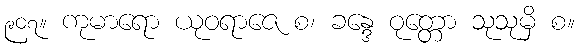
၉၀၇။ ကုမာရော ယုဝရာဇေ စ၊ ခန္ဒေ ဝုတ္တော သုသုမှိ စ။